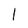
Character: 1